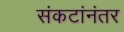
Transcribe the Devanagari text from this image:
संकटांनंतर